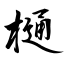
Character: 樋